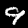
Label: 9